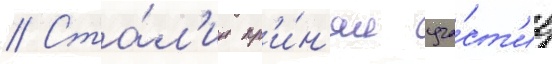
// Ста́л'ин пр'и́н'ял уча́ст'ие